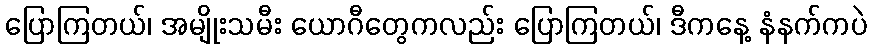
ပြောကြတယ်၊ အမျိုးသမီး ယောဂီတွေကလည်း ပြောကြတယ်၊ ဒီကနေ့ နံနက်ကပဲ